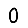
Digit: 0